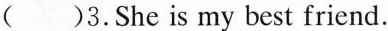
()3.She is my best friend.